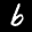
Label: 6